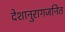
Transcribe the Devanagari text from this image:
देशानुरागजनित